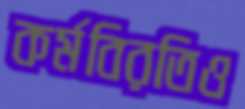
কর্মবিরতিও